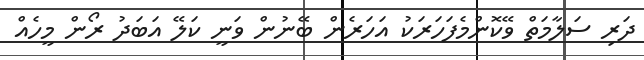
ދަރި ސަލާމަތް ވޭކޮންމެފަހަރަކު އަހަރެން ބޭނުން ވަނީ ކަލޭ އަބަދު ރޯން މީހެއް